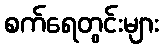
စက်ရေတွင်းများ